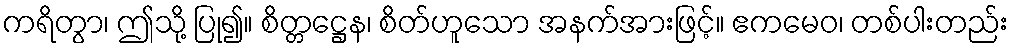
ကရိတွာ၊ ဤသို့ ပြု၍။ စိတ္တဋ္ဌေန၊ စိတ်ဟူသော အနက်အားဖြင့်။ ဧကမေဝ၊ တစ်ပါးတည်း